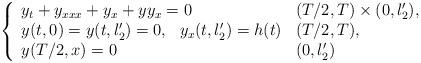
LaTeX: \begin{align*}\left\{\begin{array}{ll}y_t+y_{xxx}+y_x +yy_x =0 & (T/2,T)\times (0,l_2'),\\y(t,0)=y(t,l_2')=0,\ \ y_x(t,l_2')=h(t) & (T/2,T),\\ y(T/2,x)=0 & (0,l_2')\end{array}\right.\end{align*}